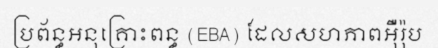
ប្រព័ន្ធអនុគ្រោះពន្ធ (EBA) ដែលសហភាពអ៊ឺរ៉ុប